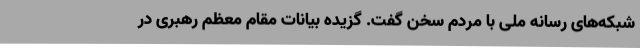
شبکه‌های رسانه ملی با مردم سخن گفت. گزیده بیانات مقام معظم رهبری در